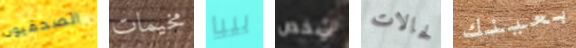
الصحفيون مخيمات بيبا شخص لحالات بعينك